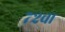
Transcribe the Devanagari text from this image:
७२चा